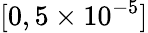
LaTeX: [0,5\times 10^{-5}]